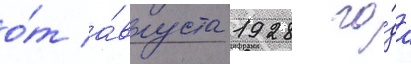
о́т а́вгуста 1928 го́да